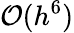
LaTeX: \mathcal{O}(h^{6})